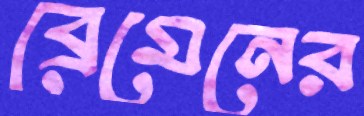
ব্রেমেনের